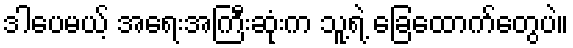
ဒါပေမယ့် အရေးအကြီးဆုံးက သူ့ရဲ့ ခြေထောက်တွေပဲ။